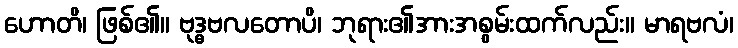
ဟောတိ၊ ဖြစ်၏။ ဗုဒ္ဓဗလတောပိ၊ ဘုရား၏အားအစွမ်းထက်လည်း။ မာရဗလံ၊